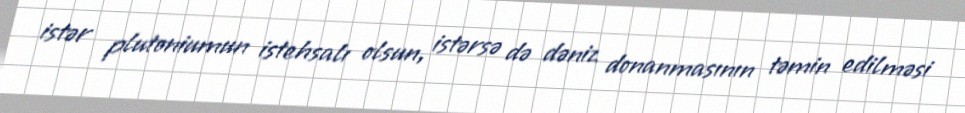
istər plutoniumun istehsalı olsun, istərsə də dəniz donanmasının təmin edilməsi